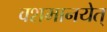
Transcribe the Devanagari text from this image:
वशमानयेत्